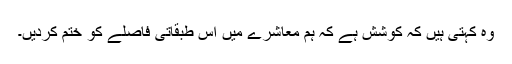
وہ کہتی ہیں کہ کوشش ہے کہ ہم معاشرے میں اس طبقاتی فاصلے کو ختم کردیں۔